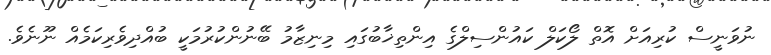
ނުވަނީސް ކުރިއަށް އޮތް ލޯކަލް ކައުންސިލްގެ އިންތިޚާބުގައި މިނިޒާމު ބޭނުންކުރުމަކީ ބުއްދިވެރިކަމެއް ނޫނެވެ.